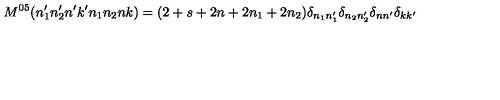
M ^ { 0 5 } ( n _ { 1 } ^ { \prime } n _ { 2 } ^ { \prime } n ^ { \prime } k ^ { \prime } n _ { 1 } n _ { 2 } n k ) = ( 2 + s + 2 n + 2 n _ { 1 } + 2 n _ { 2 } ) \delta _ { n _ { 1 } n _ { 1 } ^ { \prime } } \delta _ { n _ { 2 } n _ { 2 } ^ { \prime } } \delta _ { n n ^ { \prime } } \delta _ { k k ^ { \prime } }